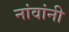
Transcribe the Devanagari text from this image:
नांवांनी